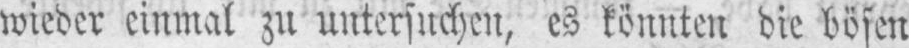
wieder einmal zu untersuchen, es könnten die bösen